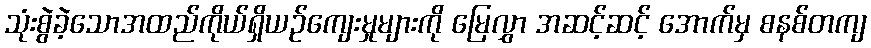
သုံးစွဲခဲ့သောအထည်ကိုယ်ရှိယဉ်ကျေးမှုများကို မြေလွှာ အဆင့်ဆင့် အောက်မှ စနစ်တကျ